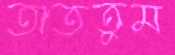
তাততুম